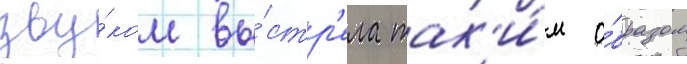
зву́ком вы́стр'ела так'и́м о́бразом